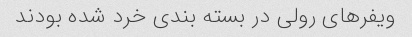
ویفر‌های رولی در بسته بندی خرد شده بودند